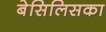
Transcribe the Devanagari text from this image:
बेसिलिसका